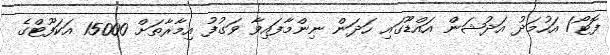
ފޮޓޯ/ އަހުމަދު އަދުޝަން އައްޑޫގައި ހަދަން ނިންމާފައިވާ ވަގުފު އިމާރާތަށް 15000 އަކަފޫޓްގެ